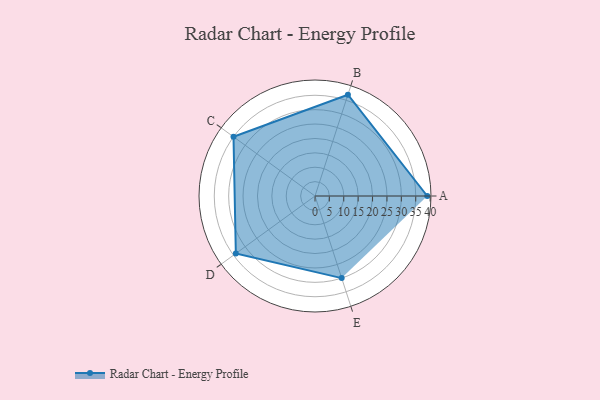
{"axis": {"x": "Skill", "y": "Score"}, "legend": ["Profile"], "data": [{"x": "A", "y": 39.0, "type": "Profile"}, {"x": "B", "y": 37.0, "type": "Profile"}, {"x": "C", "y": 35.0, "type": "Profile"}, {"x": "D", "y": 34.0, "type": "Profile"}, {"x": "E", "y": 30.0, "type": "Profile"}]}